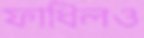
ফাধিলও